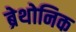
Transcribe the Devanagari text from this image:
ब्रेथोनिक